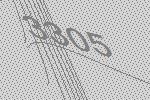
3305